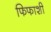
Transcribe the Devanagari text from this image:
फिफाशी